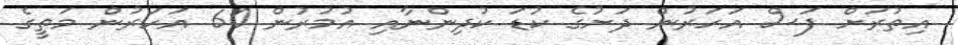
އިތުރަށް ފަސް އަހަރުން ދަށުގެ ކުޑަ ކުދިންނާއި އުމުރުން 60 އަހަރުން މަތީގެ